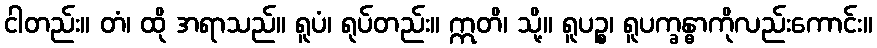
ငါတည်း။ တံ၊ ထို အရာသည်။ ရူပံ၊ ရုပ်တည်း။ ဣတိ၊ သို့။ ရူပဉ္စ၊ ရူပက္ခန္ဓာကိုလည်းကောင်း။